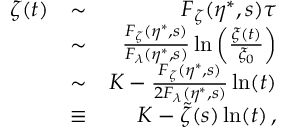
\begin{array} { r l r } { \zeta ( t ) } & { \sim } & { F _ { \zeta } ( \eta ^ { \ast } , s ) \tau } \\ & { \sim } & { \frac { F _ { \zeta } ( \eta ^ { \ast } , s ) } { F _ { \lambda } ( \eta ^ { \ast } , s ) } \ln \left( \frac { \xi ( t ) } { \xi _ { 0 } } \right) } \\ & { \sim } & { K - \frac { F _ { \zeta } ( \eta ^ { \ast } , s ) } { 2 F _ { \lambda } ( \eta ^ { \ast } , s ) } \ln ( t ) } \\ & { \equiv } & { K - \tilde { \zeta } ( s ) \ln ( t ) \, , } \end{array}